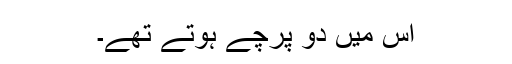
اس میں دو پرچے ہوتے تھے۔